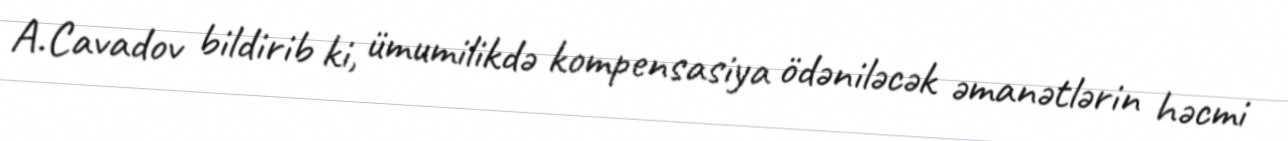
A.Cavadov bildirib ki, ümumilikdə kompensasiya ödəniləcək əmanətlərin həcmi